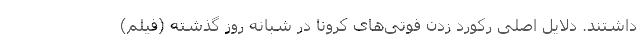
داشتند. دلایل اصلی رکورد زدن فوتی‌های کرونا در شبانه روز گذشته (فیلم)